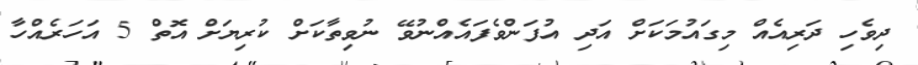
ދިވެހި ދަރިއެއް މިގައުމަކަށް އަދި އުފަންވެފައެއްނުވޭ ނުވިތާކަށް ކުރިޔަށް އޮތް 5 އަހަރެއްހާ